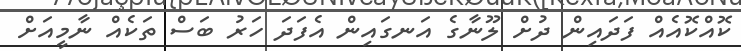
ކޮއްކޮއެއް ފަދައިން ދުށް ލޫނާގެ އަނގައިން އެފަދަ ހަރު ބަސް ތަކެއް ނާމީއަށް